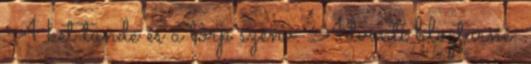
A két tünde és a törp szenv. Adventi blogturné: